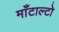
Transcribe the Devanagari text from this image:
माँटाल्टो